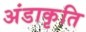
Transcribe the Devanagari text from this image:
अंडाकृति